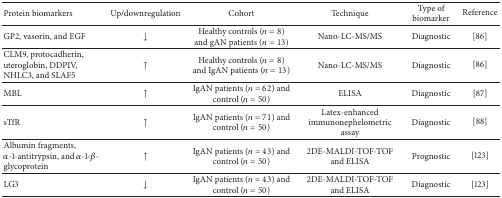
| Protein biomarkers | Up/downregulation | Cohort | Technique | Type of biomarker | Reference |
 | --- | --- | --- | --- | --- | --- |
 | GP2, vasorin, and EGF | ↓ | Healthy controls (n = 8) and gAN patients (n = 13) | Nano-LC-MS/MS | Diagnostic | [86] |
 | CLM9, protocadherin, uteroglobin, DDPIV, NHLC3, and SLAF5 | ↑ | Healthy controls (n = 8) and IgAN patients (n = 13) | Nano-LC-MS/MS | Diagnostic | [86] |
 | MBL | ↑ | IgAN patients (n = 62) and control (n = 50) | ELISA | Diagnostic | [87] |
 | sTfR | ↑ | IgAN patients (n = 71) and control (n = 50) | Latex-enhanced immunonephelometric assay | Diagnostic | [88] |
 | Albumin fragments, α-1-antitrypsin, and α-1-β- glycoprotein | ↑ | IgAN patients (n = 43) and control (n = 50) | 2DE-MALDI-TOF-TOF and ELISA | Prognostic | [123] |
 | LG3 | ↓ | IgAN patients (n = 43) and control (n = 50) | 2DE-MALDI-TOF-TOF and ELISA | Diagnostic | [123] |